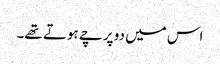
اس میں دو پرچے ہوتے تھے۔